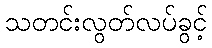
သတင်းလွတ်လပ်ခွင့်